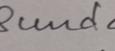
Signature authenticity: genuine